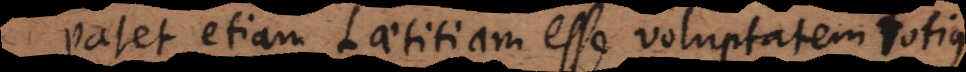
Patet etiam Laetitiam esse voluptatem totius